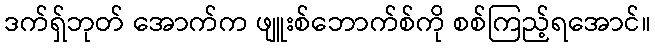
ဒက်ရှ်ဘုတ် အောက်က ဖျူးစ်ဘောက်စ်ကို စစ်ကြည့်ရအောင်။